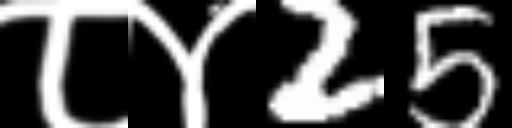
Text: ८४25